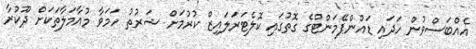
އެއްބަސްވުން ހަދައި ޑައުންޕޭމަންޓްގެ ގޮތުގައި ކޮލެޓަރަލައިޒް ކުރުމަށް ޝަރުތު ހަމަވާ މުއާމަލާތަކަށް ދޫކުރާ